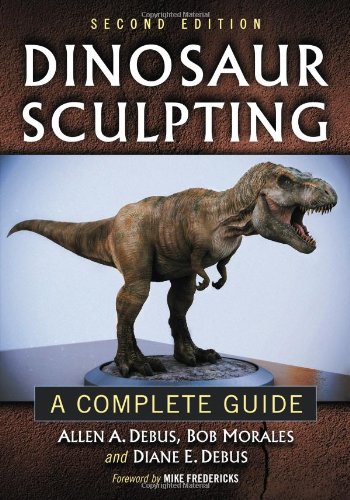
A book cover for Dinosaur Sculpting: A Complete Guide, 2d ed.; Allen A. Debus; Arts & Photography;